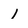
Character: 1